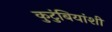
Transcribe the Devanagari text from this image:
कुटुंबियांशी